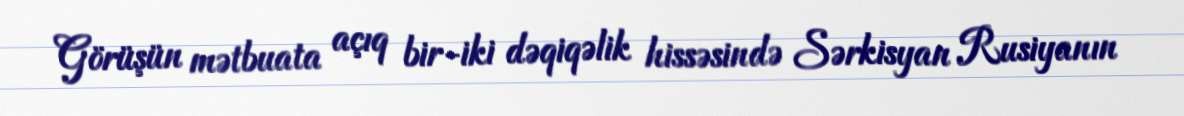
Görüşün mətbuata açıq bir-iki dəqiqəlik hissəsində Sərkisyan Rusiyanın